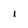
Character: i